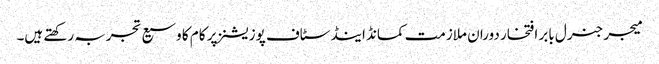
میجر جنرل بابر افتخار دوران ملازمت کمانڈ اینڈ سٹاف پوزیشنز پر کام کا وسیع تجربہ رکھتے ہیں۔